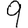
Digit: 9